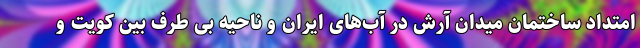
امتداد ساختمان میدان آرش در آب‌های ایران و ناحیه بی طرف بین کویت و